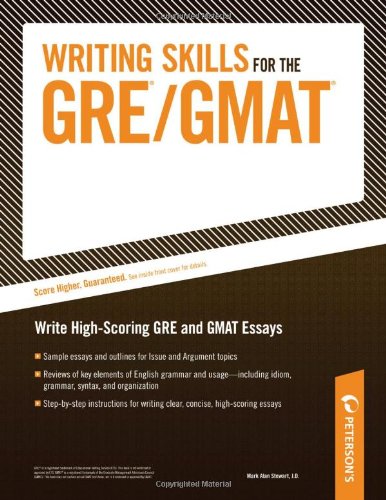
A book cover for Writing Skills for the GRE/GMAT; Mark A. Stewart; Test Preparation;